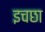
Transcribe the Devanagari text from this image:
इचछा